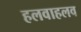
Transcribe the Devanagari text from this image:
हलवाहलव